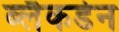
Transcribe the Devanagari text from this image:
ब्लैकडेन